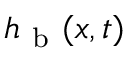
h _ { \mathrm { ~ b ~ } } ( x , t )